Indian Medical Review
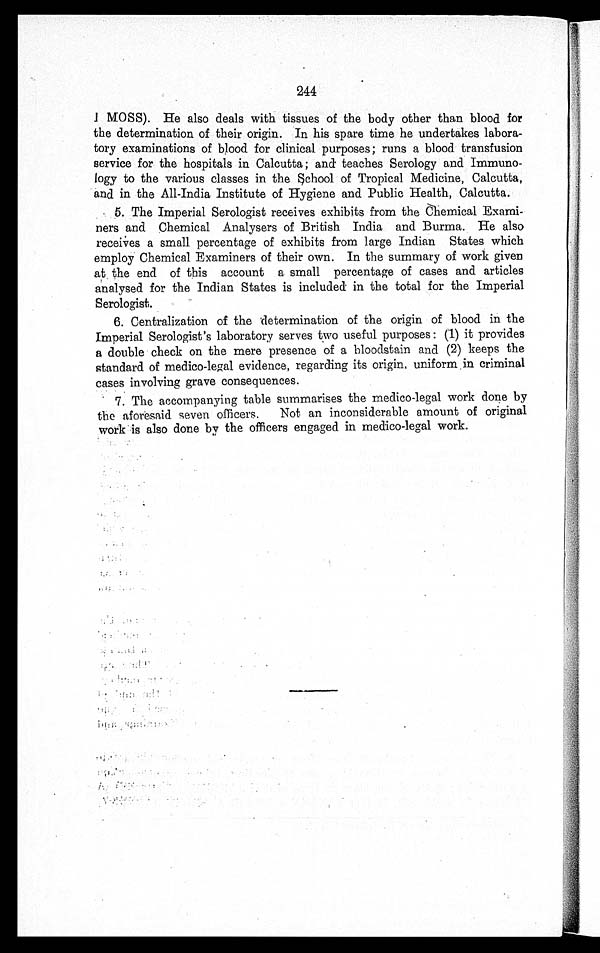
244
I MOSS). He also deals with tissues of the body other than blood for
the determination of their origin. In his spare time he undertakes labora-
tory examinations of blood for clinical purposes; runs a blood transfusion
service for the hospitals in Calcutta; and teaches Serology and Immuno-
logy to the various classes in the School of Tropical Medicine, Calcutta,
and in the All-India Institute of Hygiene and Public Health, Calcutta.
5. The Imperial Serologist receives exhibits from the Chemical Exami-
ners and Chemical Analysers of British India and Burma. He also
receives a small percentage of exhibits from large Indian States which
employ Chemical Examiners of their own. In the summary of work given
at the end of this account a small percentage of cases and articles
analysed for the Indian States is included in the total for the Imperial
Serologist.
6. Centralization of the determination of the origin of blood in the
Imperial Serologist's laboratory serves two useful purposes: (1) it provides
a double check on the mere presence of a bloodstain and (2) keeps the
standard of medico-legal evidence, regarding its origin, uniform in criminal
cases involving grave consequences.
7. The accompanying table summarises the medico-legal work done by
the aforesaid seven officers. Not an inconsiderable amount of original
work is also done by the officers engaged in medico-legal work.